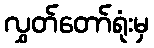
လွှတ်တော်ရုံးမှ